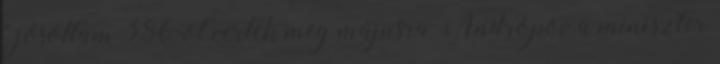
" jósoltam 386-ot vertek meg májusra Andropov a miniszter